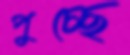
পুচ্ছে